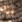
انا